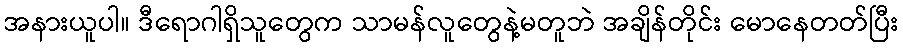
အနားယူပါ။ ဒီရောဂါရှိသူတွေက သာမန်လူတွေနဲ့မတူဘဲ အချိန်တိုင်း မောနေတတ်ပြီး